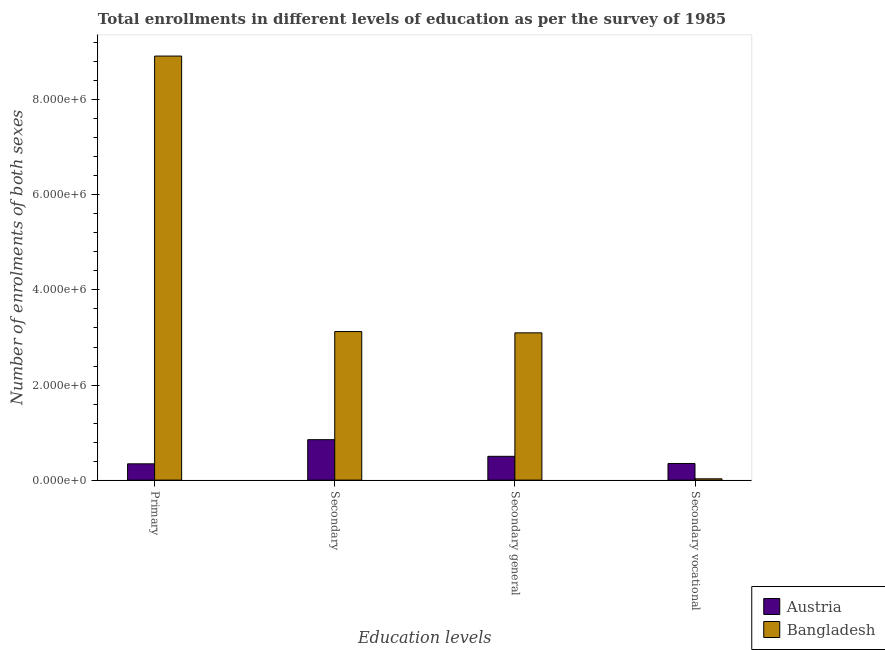
| Education levels | Austria | Bangladesh |
 | --- | --- | --- |
 | Primary | 3.43e+05 | 8.92e+06 |
 | Secondary | 8.51e+05 | 3.13e+06 |
 | Secondary general | 5.01e+05 | 3.1e+06 |
 | Secondary vocational | 3.5e+05 | 2.73e+04 |